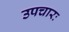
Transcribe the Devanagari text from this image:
उपचारः